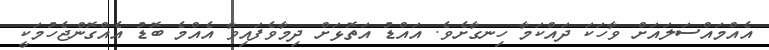
އެއްމައްސަލައަށް ވާހަކަ ދައްކަމާ ހިނގާށެވެ. އައްޑު އަތޮޅަށް ދިމާވެފައިވާ އެއްމެ ބޮޑު އެއްގޮންޖެހުމަކީ